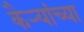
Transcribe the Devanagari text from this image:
कैऱ्यांच्या